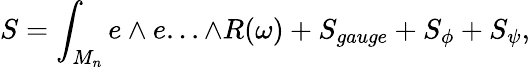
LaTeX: S=\int_{M_{n}}e\wedge e...\wedge R(\omega)+S_{gauge}+S_{\phi}+S_{\psi},